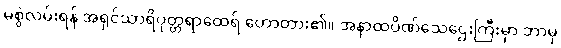
မစွဲလမ်းရန် အရှင်သာရိပုတ္တရာထေရ် ဟောတား၏။ အနာထပိဏ်သေဌေးကြီးမှာ ဘာမှ